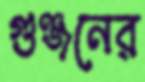
গুঞ্জনের